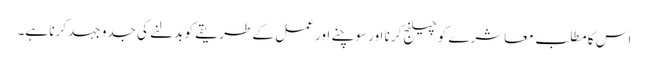
اس کا مطلب معاشرے کو چیلنج کرنا اور سوچنے اور عمل کے طریقے کو بدلنے کی جدو جہد کرنا ہے۔